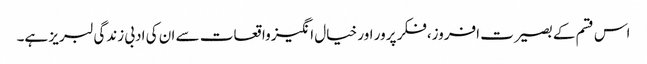
اس قسم کے بصیرت افروز،فکر پرور اور خیال انگیز واقعات سے ان کی ادبی زندگی لبریز ہے۔